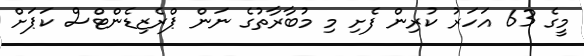
މީގެ 63 އަހަރު ކުރިން ފެށި މި މުބާރާތުގެ ނަން ޕްރެޒިޑެންޓްސް ކަޕަށް